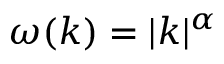
\omega ( k ) = | k | ^ { \alpha }